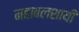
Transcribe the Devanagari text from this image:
महाबलशायी